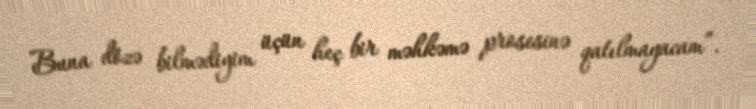
Buna dözə bilmədiyim üçün heç bir məhkəmə prosesinə qatılmayacam”.